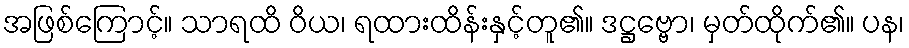
အဖြစ်ကြောင့်။ သာရထိ ဝိယ၊ ရထားထိန်းနှင့်တူ၏။ ဒဋ္ဌဗ္ဗော၊ မှတ်ထိုက်၏။ ပန၊